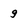
Character: 9